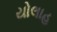
યોલાહ